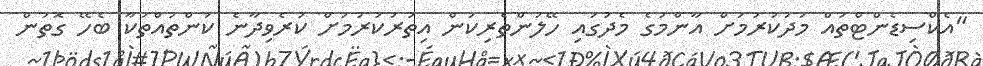
"އެކްސިޑެންޓްތައް މަދުކުރުމަށް އާންމުގެ މެދުގައި ހޭލުންތެރިކަން އިތުރުކުރުމަށް ކުރެވިދާނެ ކަންތައްތަކާ ބެހޭ ގޮތުން